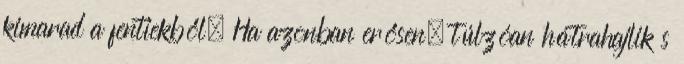
kimarad a fentiekből. Ha azonban erősen, túlzóan hátrahajlik s